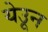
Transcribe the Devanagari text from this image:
येउून